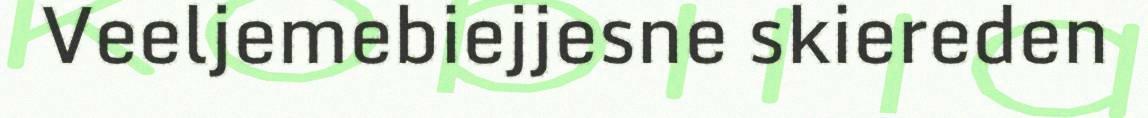
Veeljemebiejjesne skiereden